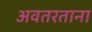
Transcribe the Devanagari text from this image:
अवतरताना